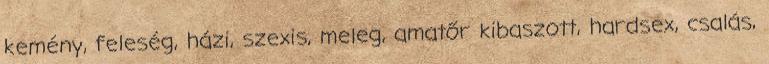
kemény, feleség, házi, szexis, meleg, amatőr kibaszott, hardsex, csalás,